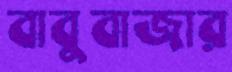
বাবুবাজার